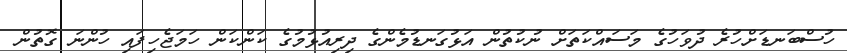
ހުސްބަނޑަށްހުރެ ދުވަހުގެ މަސައްކަތަށް ނުކުތުން އަޅުގަނޑުމެންގެ ދިރިއުޅުމުގެ ކަންކަން ހަމަޖެހިފައި ހުންނަ ގޮތުން